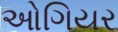
ઓગિયર